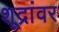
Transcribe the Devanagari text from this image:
शूद्रांवर